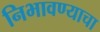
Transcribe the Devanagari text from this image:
निभावण्याचा